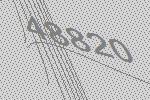
48820